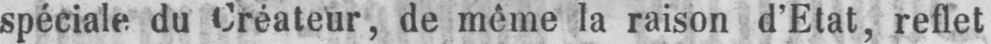
spéciale du Créateur, de même la raison d’Etat, reflet